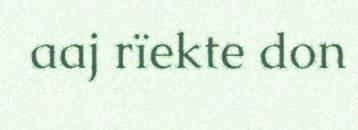
aaj rïekte don